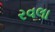
રવલા